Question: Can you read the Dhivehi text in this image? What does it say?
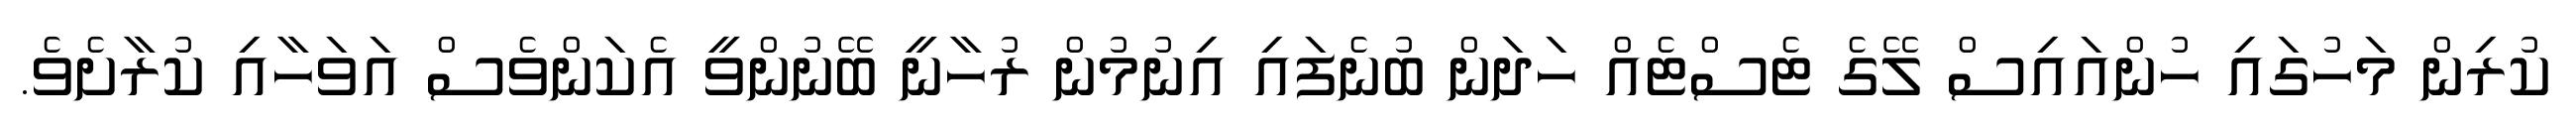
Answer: ކުރިން މަހުގައި ހުންއައިސް ލޭގެ ޓެސްޓެއް ހަދަން ބުނެފައި އިނުމުން ރުހާނީ ބޭނުންވީ އެކަންވެސް އަވަހާއި ކުރާށެވެ.